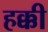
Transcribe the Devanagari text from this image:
हक्की